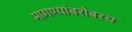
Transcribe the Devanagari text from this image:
मागण्यांबरोबरच